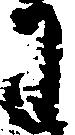
わ